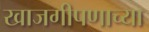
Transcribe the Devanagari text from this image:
खाजगीपणाच्या